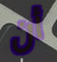
أن